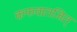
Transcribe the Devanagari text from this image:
कफवातजित्